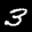
Label: 3